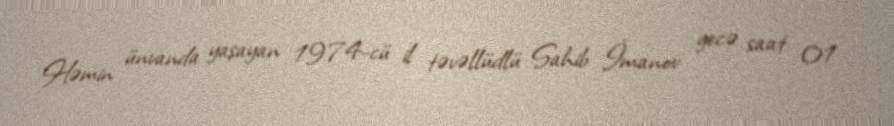
Həmin ünvanda yaşayan 1974-cü il təvəllüdlü Sahib İmanov gecə saat 01